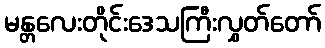
မန္တလေးတိုင်းဒေသကြီးလွှတ်တော်